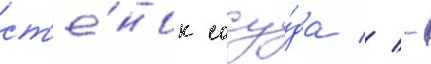
ст'е́нок сосу́да // -